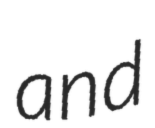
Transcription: and